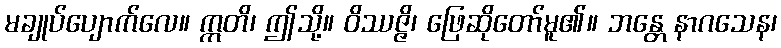
မချုပ်ပျောက်လေ။ ဣတိ၊ ဤသို့။ ဝိဿဇ္ဇိ၊ ဖြေဆိုတော်မူ၏။ ဘန္တေ နာဂသေန၊